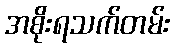
အစိုးရသက်တမ်း